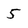
Character: 5